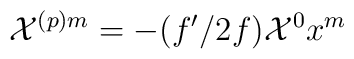
{\cal X}^{(p)m}=- (f'/2f) {\cal X}^0 x^m